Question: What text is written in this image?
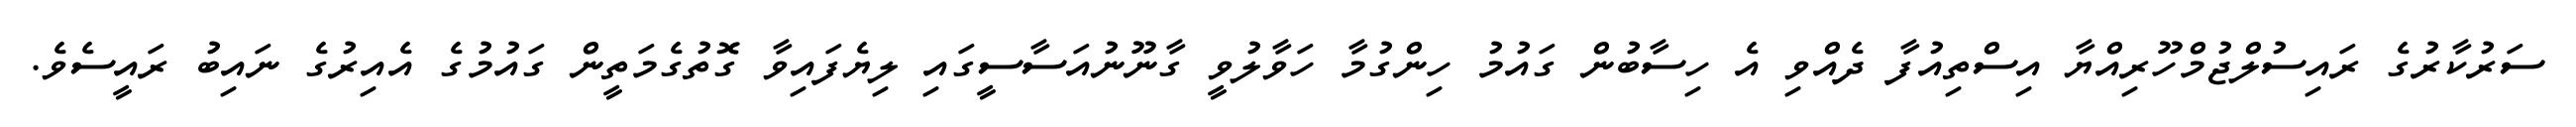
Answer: ސަރުކާރުގެ ރައިސުލްޖުމްހޫރިއްޔާ އިސްތިއުފާ ދެއްވި އެ ހިސާބުން ގައުމު ހިންގުމާ ހަވާލުވީ ގާނޫނުއަސާސީގައި ލިޔެފައިވާ ގޮތުގެމަތީން ގައުމުގެ އެއިރުގެ ނައިބު ރައީސެވެ.